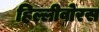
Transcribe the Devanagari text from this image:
हिल्लीवोरस